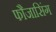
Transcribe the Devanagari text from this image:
फौजासिंग